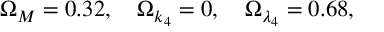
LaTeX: \Omega _ { M } = 0 . 3 2 , \quad \Omega _ { k _ { 4 } } = 0 , \quad \Omega _ { \lambda _ { 4 } } = 0 . 6 8 ,